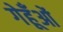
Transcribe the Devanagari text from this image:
गेहूँओं